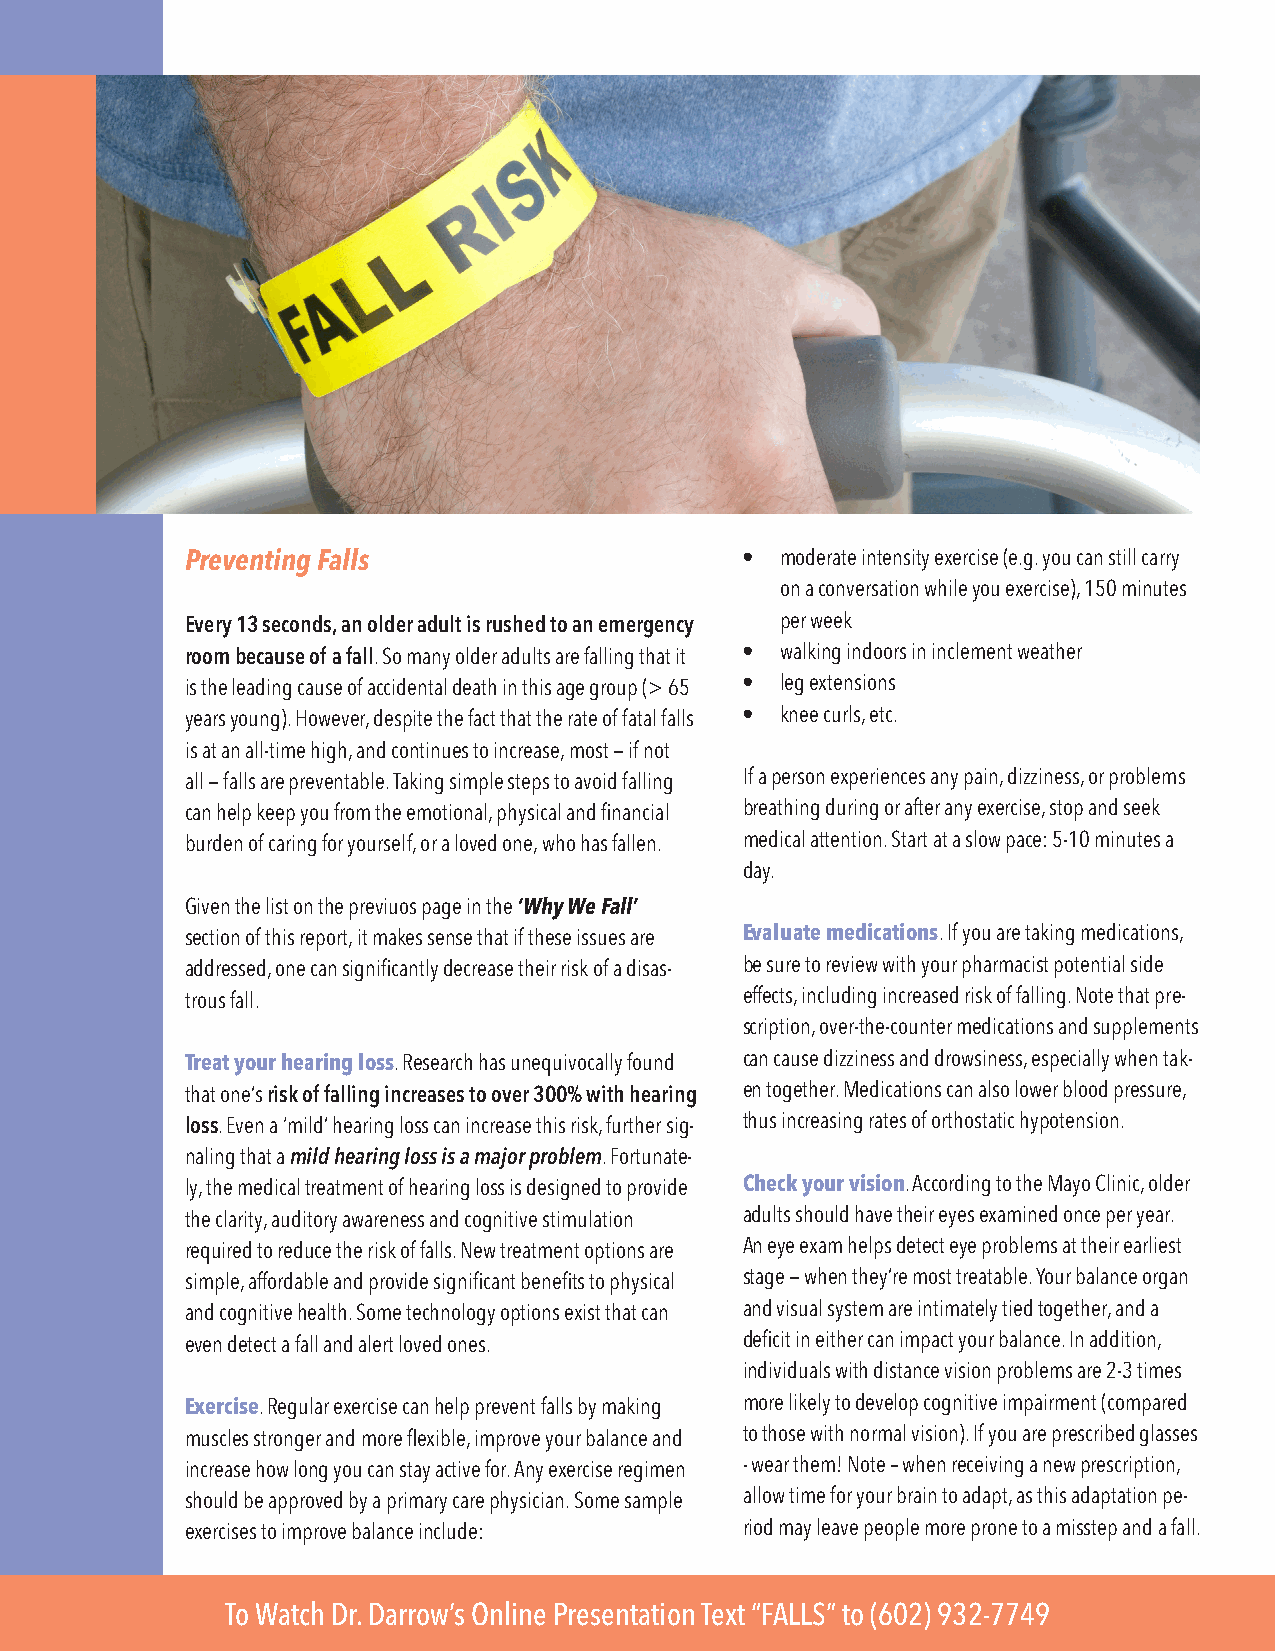
Preventing Falls                     •  moderate intensity exercise (e.g. you can still carry
 on a conversation while you exercise), 150 minutes
 Every 13 seconds, an older adult is rushed to an emergency per week
 room because of a fall. So many older adults are falling that it • walking indoors in inclement weather
 is the leading cause of accidental death in this age group (> 65 • leg extensions
 years young). However, despite the fact that the rate of fatal falls • knee curls, etc.
 is at an all-time high, and continues to increase, most — if not
 all — falls are preventable. Taking simple steps to avoid falling If a person experiences any pain, dizziness, or problems
 can help keep you from the emotional, physical and financial breathing during or after any exercise, stop and seek
 burden of caring for yourself, or a loved one, who has fallen. medical attention. Start at a slow pace: 5-10 minutes a
 day.
 Given the list on the previuos page in the ‘Why We Fall’
 section of this report, it makes sense that if these issues are Evaluate medications. If you are taking medications,
 addressed, one can significantly decrease their risk of a disas- be sure to review with your pharmacist potential side
 trous fall.                          effects, including increased risk of falling. Note that pre-
 scription, over-the-counter medications and supplements
 Treat your hearing loss. Research has unequivocally found can cause dizziness and drowsiness, especially when tak-
 that one’s risk of falling increases to over 300% with hearing en together. Medications can also lower blood pressure,
 loss. Even a ‘mild’ hearing loss can increase this risk, further sig- thus increasing rates of orthostatic hypotension.
 naling that a mild hearing loss is a major problem. Fortunate-
 ly, the medical treatment of hearing loss is designed to provide Check your vision. According to the Mayo Clinic, older
 the clarity, auditory awareness and cognitive stimulation adults should have their eyes examined once per year.
 required to reduce the risk of falls. New treatment options are An eye exam helps detect eye problems at their earliest
 simple, affordable and provide significant benefits to physical stage — when they’re most treatable. Your balance organ
 and cognitive health. Some technology options exist that can and visual system are intimately tied together, and a
 even detect a fall and alert loved ones. deficit in either can impact your balance. In addition,
 individuals with distance vision problems are 2-3 times
 Exercise. Regular exercise can help prevent falls by making more likely to develop cognitive impairment (compared
 muscles stronger and more flexible, improve your balance and to those with normal vision). If you are prescribed glasses
 increase how long you can stay active for. Any exercise regimen -wear them! Note – when receiving a new prescription,
 should be approved by a primary care physician. Some sample allow time for your brain to adapt, as this adaptation pe-
 exercises to improve balance include: riod may leave people more prone to a misstep and a fall.
 To Watch Dr. Darrow’s Online Presentation Text “FALLS” to (602) 932-7749